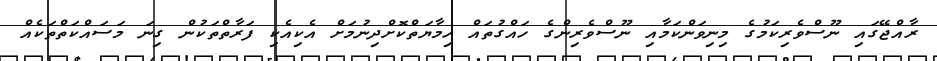
ރާއްޖޭގައި ނޫސްވެރިކަމުގެ މިނިވަންކަމާއި ނޫސްވެރިންގެ ހައްގުތައް ހިމާޔަތްކޮށްދިނުމަށް އެކިއެކި ފަރާތްތަކުން ގިނަ މަސައްކަތްތަކެއް